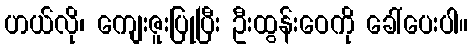
ဟယ်လို၊ ကျေးဇူးပြုပြီး ဦးထွန်းဝေကို ခေါ်ပေးပါ။